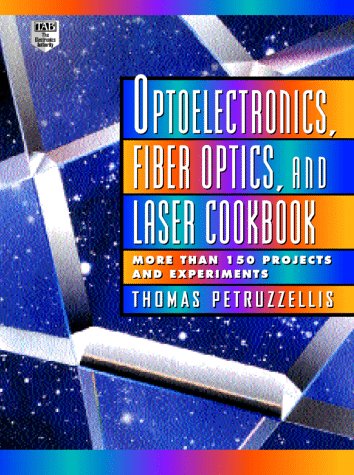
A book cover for Optoelectronics, Fiber Optics, and Laser Cookbook; Thomas Petruzzellis; Crafts, Hobbies & Home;